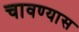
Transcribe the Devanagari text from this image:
चावण्यास